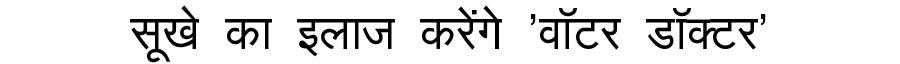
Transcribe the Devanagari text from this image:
सूखे का इलाज करेंगे 'वॉटर डॉक्टर'